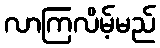
လာကြလိမ့်မည်